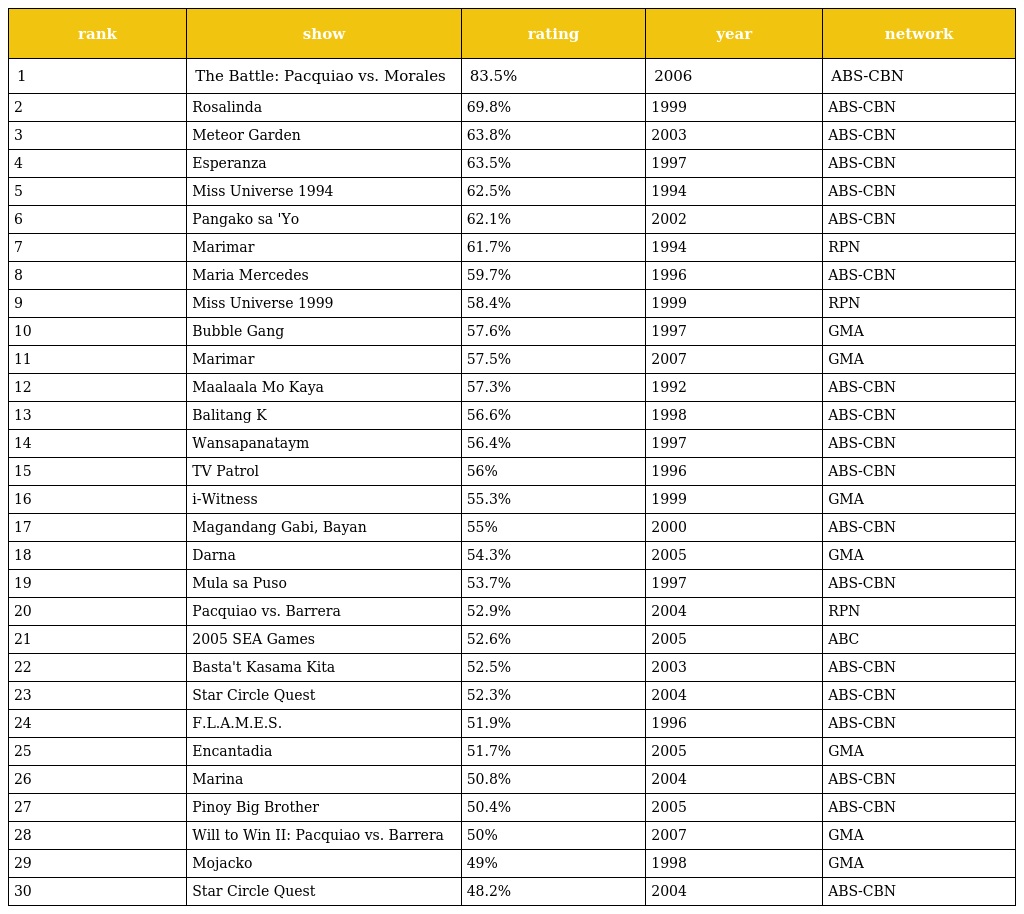
| rank | show | rating | year | network |
 | --- | --- | --- | --- | --- |
 | 1 | The Battle: Pacquiao vs. Morales | 83.5% | 2006 | ABS-CBN |
 | 2 | Rosalinda | 69.8% | 1999 | ABS-CBN |
 | 3 | Meteor Garden | 63.8% | 2003 | ABS-CBN |
 | 4 | Esperanza | 63.5% | 1997 | ABS-CBN |
 | 5 | Miss Universe 1994 | 62.5% | 1994 | ABS-CBN |
 | 6 | Pangako sa 'Yo | 62.1% | 2002 | ABS-CBN |
 | 7 | Marimar | 61.7% | 1994 | RPN |
 | 8 | Maria Mercedes | 59.7% | 1996 | ABS-CBN |
 | 9 | Miss Universe 1999 | 58.4% | 1999 | RPN |
 | 10 | Bubble Gang | 57.6% | 1997 | GMA |
 | 11 | Marimar | 57.5% | 2007 | GMA |
 | 12 | Maalaala Mo Kaya | 57.3% | 1992 | ABS-CBN |
 | 13 | Balitang K | 56.6% | 1998 | ABS-CBN |
 | 14 | Wansapanataym | 56.4% | 1997 | ABS-CBN |
 | 15 | TV Patrol | 56% | 1996 | ABS-CBN |
 | 16 | i-Witness | 55.3% | 1999 | GMA |
 | 17 | Magandang Gabi, Bayan | 55% | 2000 | ABS-CBN |
 | 18 | Darna | 54.3% | 2005 | GMA |
 | 19 | Mula sa Puso | 53.7% | 1997 | ABS-CBN |
 | 20 | Pacquiao vs. Barrera | 52.9% | 2004 | RPN |
 | 21 | 2005 SEA Games | 52.6% | 2005 | ABC |
 | 22 | Basta't Kasama Kita | 52.5% | 2003 | ABS-CBN |
 | 23 | Star Circle Quest | 52.3% | 2004 | ABS-CBN |
 | 24 | F.L.A.M.E.S. | 51.9% | 1996 | ABS-CBN |
 | 25 | Encantadia | 51.7% | 2005 | GMA |
 | 26 | Marina | 50.8% | 2004 | ABS-CBN |
 | 27 | Pinoy Big Brother | 50.4% | 2005 | ABS-CBN |
 | 28 | Will to Win II: Pacquiao vs. Barrera | 50% | 2007 | GMA |
 | 29 | Mojacko | 49% | 1998 | GMA |
 | 30 | Star Circle Quest | 48.2% | 2004 | ABS-CBN |